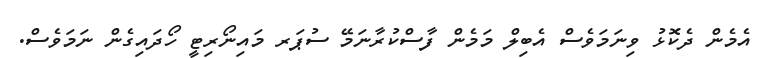
އެމެން ދެކޮޅު ވިނަމަވެސް އެބިލް މަމެން ފާސްކުރާނަމޭ ސުޕަރ މައިނޯރިޓީ ހޯދައިގެން ނަމަވެސް.